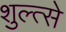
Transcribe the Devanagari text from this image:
शुल्त्से